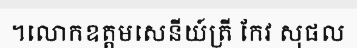
។លោកឧត្តមសេនីយ៍ត្រី កែវ សុផល